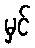
မှင်